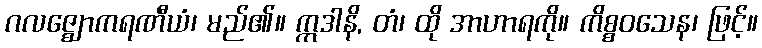
ဂလဇ္ဈောကရဏီယံ၊ မည်၏။ ဣဒါနိ, တံ၊ ထို အာဟာရကို။ ကိစ္စဝသေန၊ ဖြင့်။